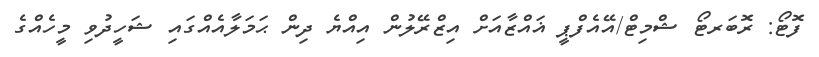
ފޮޓޯ: ރޮބަރޓޯ ޝްމިޓް/އޭއެފްޕީ ޣައްޒާއަށް އިޒްރޭލުން އިއްޔެ ދިން ޙަމަލާއެއްގައި ޝަހީދުވި މީހެއްގެ